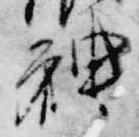
神